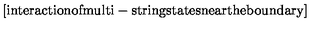
\mathrm { [ i n t e r a c t i o n o f m u l t i - s t r i n g s t a t e s n e a r t h e b o u n d a r y ] }